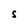
Character: S